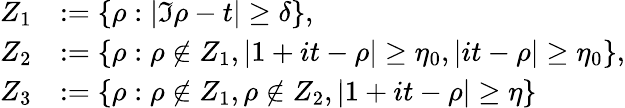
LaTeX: \begin{array}{rl}{Z_{1}}&{:=\{ \rho:|\Im\rho-t|\ge\delta\} ,}\\ {Z_{2}}&{:=\{ \rho:\rho\notin Z_{1},|1+it-\rho|\ge\eta_{0},|it-\rho|\ge\eta_{0}\} ,}\\ {Z_{3}}&{:=\{ \rho:\rho\notin Z_{1},\rho\notin Z_{2},|1+it-\rho|\ge\eta\} }\end{array}